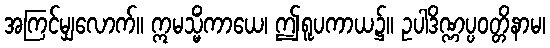
အကြင်မျှလောက်။ ဣမသ္မိံကာယေ၊ ဤရူပကာယ၌။ ဥပါဒိဏ္ဏပ္ပဝတ္တိနာမ၊